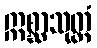
ဣစ္ဆာသုတ္တံ